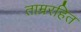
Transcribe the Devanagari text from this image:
ताम्ररहित